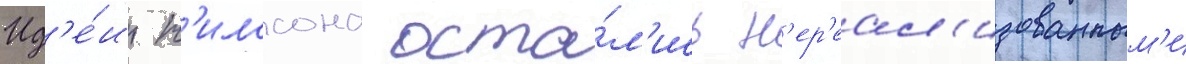
Ид'е́и н'илссона оста́л'ись н'ер'еал'изованным'и